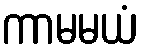
ကာမမယံ